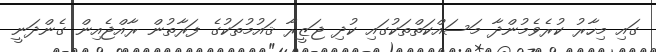
ގައި މިހާރު ކުރެވެމުންދާ މަސައްކަތްތަކުގައި ކުދި ޖަޒީރާ ޤައުމުތަކުގެ ފަރާތުން ރާއްޖެއިން ގެންދަނީ